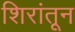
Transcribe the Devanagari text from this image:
शिरांतून